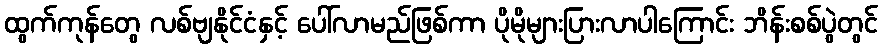
ထွက်ကုန်တွေ လစ်ဗျနိုင်ငံနှင့် ပေါ်လာမည်ဖြစ်ကာ ပိုမိုများပြားလာပါကြောင်း ဘိန်းစစ်ပွဲတွင်